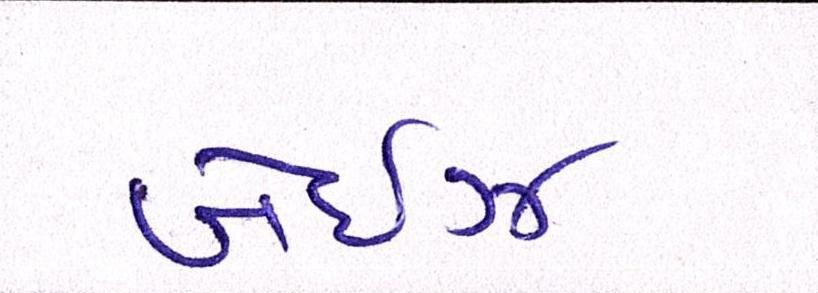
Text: બેઈઝ